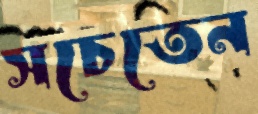
সচেতেন